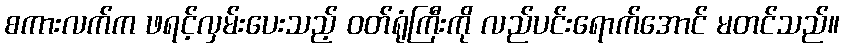
စကားလက်က ဖရင့်လှမ်းပေးသည့် ဝတ်ရုံကြီးကို လည်ပင်းရောက်အောင် မတင်သည်။